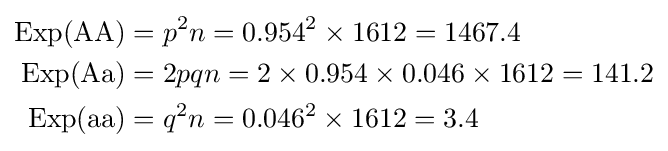
{\begin{aligned}\mathrm {Exp} ({\text{AA}})&=p^{2}n=0.954^{2}\times 1612=1467.4\\\mathrm {Exp} ({\text{Aa}})&=2pqn=2\times 0.954\times 0.046\times 1612=141.2\\\mathrm {Exp} ({\text{aa}})&=q^{2}n=0.046^{2}\times 1612=3.4\end{aligned}}